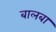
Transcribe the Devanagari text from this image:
बालबा